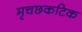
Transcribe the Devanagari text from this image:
मृचछकटिक